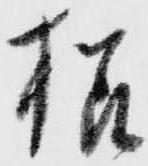
様